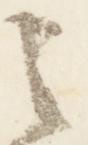
之